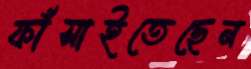
ফাঁসাইতেছেন